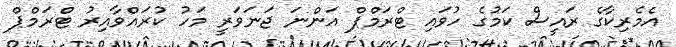
އެމެރިކާގެ ރައީސް ކަމުގެ ހުވައި ޓްރަމްޕް އަންނަ ޖަނަވަރީ މަހު ކުރައްވާއިރު ޓްރަމްޕް